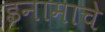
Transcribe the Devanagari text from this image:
इनामाचे